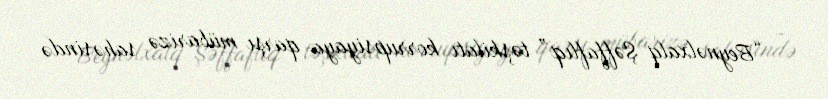
- “Beynəlxalq Şəffaflıq” təşkilatı korrupsiyaya qarşı mübarizə sahəsində